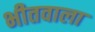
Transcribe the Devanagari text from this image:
भीतवाला